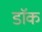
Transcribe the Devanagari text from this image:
डाॅक